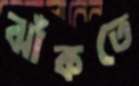
ঝাঁকতে